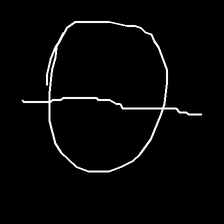
Glyph: orb